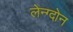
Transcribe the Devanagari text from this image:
लेन्ग्दोन